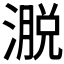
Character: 𪷄